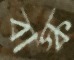
বাস্ক